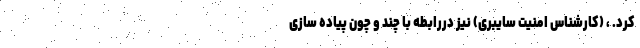
کرد. ، (کارشناس امنیت سایبری) نیز دررابطه با چند و چون پیاده سازی